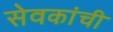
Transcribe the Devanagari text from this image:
सेवकांची